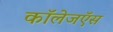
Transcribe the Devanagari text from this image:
कॉलेजऍस